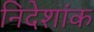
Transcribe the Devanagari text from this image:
निदेशांक